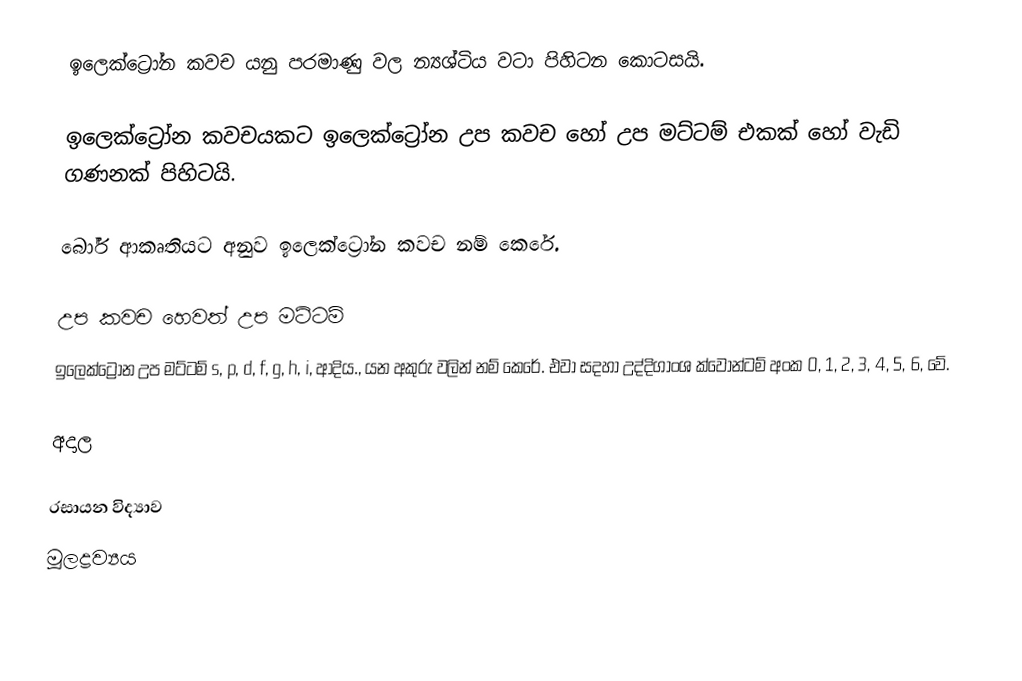
ඉලෙක්ට්‍රෝන කවච යනු පරමාණු වල න්‍යශ්ටිය වටා පිහිටන කොටසයි.

ඉලෙක්ට්‍රෝන කවචයකට ඉලෙක්ට්‍රෝන උප කවච හෝ උප මට්ටම් එකක් හෝ වැඩි ගණනක් පිහිටයි.

බෝර් ආකෘතියට අනුව ඉලෙක්ට්‍රෝන කවච නම් කෙරේ.

උප කවච හෙවත් උප මට්ටම්
ඉලෙක්ට්‍රෝන උප මට්ටම් s, p, d, f, g, h, i, ආදිය., යන අකුරු වලින් නම් කෙරේ. එවා සදහා උද්දිගාංශ ක්වොන්ටම් අංක 0, 1, 2, 3, 4, 5, 6, වේ.

අදාල

රසායන විද්‍යාව
මූලද්‍රව්‍යය